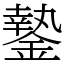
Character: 䥍